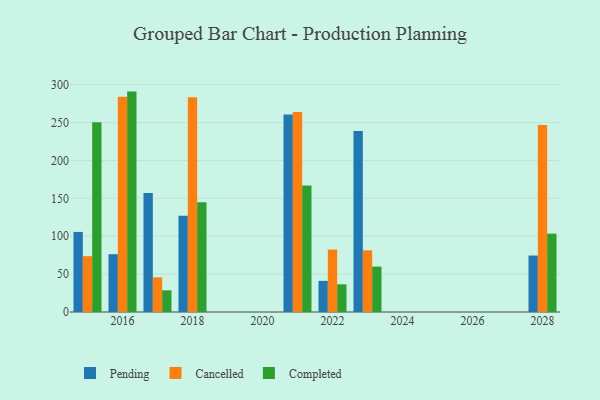
{"axis": {"x": "Year", "y": "LTV (USD)"}, "legend": ["Cancelled", "Completed", "Pending"], "data": [{"x": "2015", "y": 105.7, "type": "Pending"}, {"x": "2015", "y": 73.7, "type": "Cancelled"}, {"x": "2015", "y": 250.6, "type": "Completed"}, {"x": "2028", "y": 74.5, "type": "Pending"}, {"x": "2028", "y": 246.8, "type": "Cancelled"}, {"x": "2028", "y": 103.4, "type": "Completed"}, {"x": "2023", "y": 239.0, "type": "Pending"}, {"x": "2023", "y": 81.4, "type": "Cancelled"}, {"x": "2023", "y": 59.9, "type": "Completed"}, {"x": "2022", "y": 41.1, "type": "Pending"}, {"x": "2022", "y": 82.4, "type": "Cancelled"}, {"x": "2022", "y": 36.5, "type": "Completed"}, {"x": "2016", "y": 76.3, "type": "Pending"}, {"x": "2016", "y": 284.0, "type": "Cancelled"}, {"x": "2016", "y": 290.9, "type": "Completed"}, {"x": "2021", "y": 260.8, "type": "Pending"}, {"x": "2021", "y": 264.1, "type": "Cancelled"}, {"x": "2021", "y": 166.9, "type": "Completed"}, {"x": "2018", "y": 127.2, "type": "Pending"}, {"x": "2018", "y": 283.4, "type": "Cancelled"}, {"x": "2018", "y": 144.9, "type": "Completed"}, {"x": "2017", "y": 156.9, "type": "Pending"}, {"x": "2017", "y": 45.7, "type": "Cancelled"}, {"x": "2017", "y": 28.6, "type": "Completed"}]}